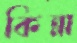
কিন্না